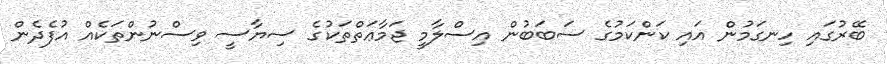
ބޭރުގައި ހިނގަމުން އައި ކަންކަމުގެ ސަބަބުން އިސްލާމީ ޖަމާޢަތްތަކުގެ ސިޔާސީ ވިސްނުންތަކެއް އުފެދެން